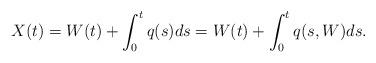
LaTeX: \begin{align*}X(t) = W(t) + \int_0^tq(s)ds = W(t) + \int_0^tq(s,W)ds.\end{align*}